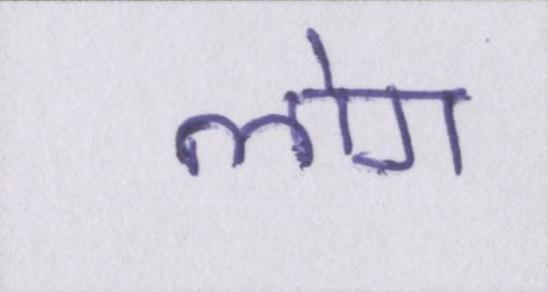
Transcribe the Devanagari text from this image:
लोग